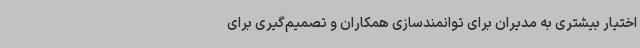
اختیار بیشتری به مدیران برای توانمندسازی همکاران و تصمیم‌گیری برای